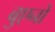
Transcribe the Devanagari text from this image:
बुएनो